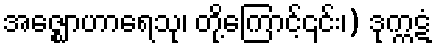
အဇ္ဈောဟာရေသု၊ တို့ကြောင့်၎င်း၊) ဒုက္ကဋံ